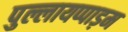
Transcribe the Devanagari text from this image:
पुल्लायप्पाड़म